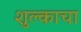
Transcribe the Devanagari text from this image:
शुल्काचा